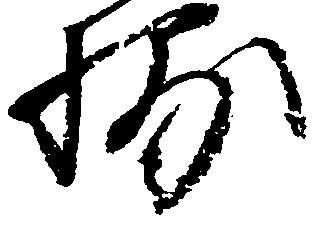
捕